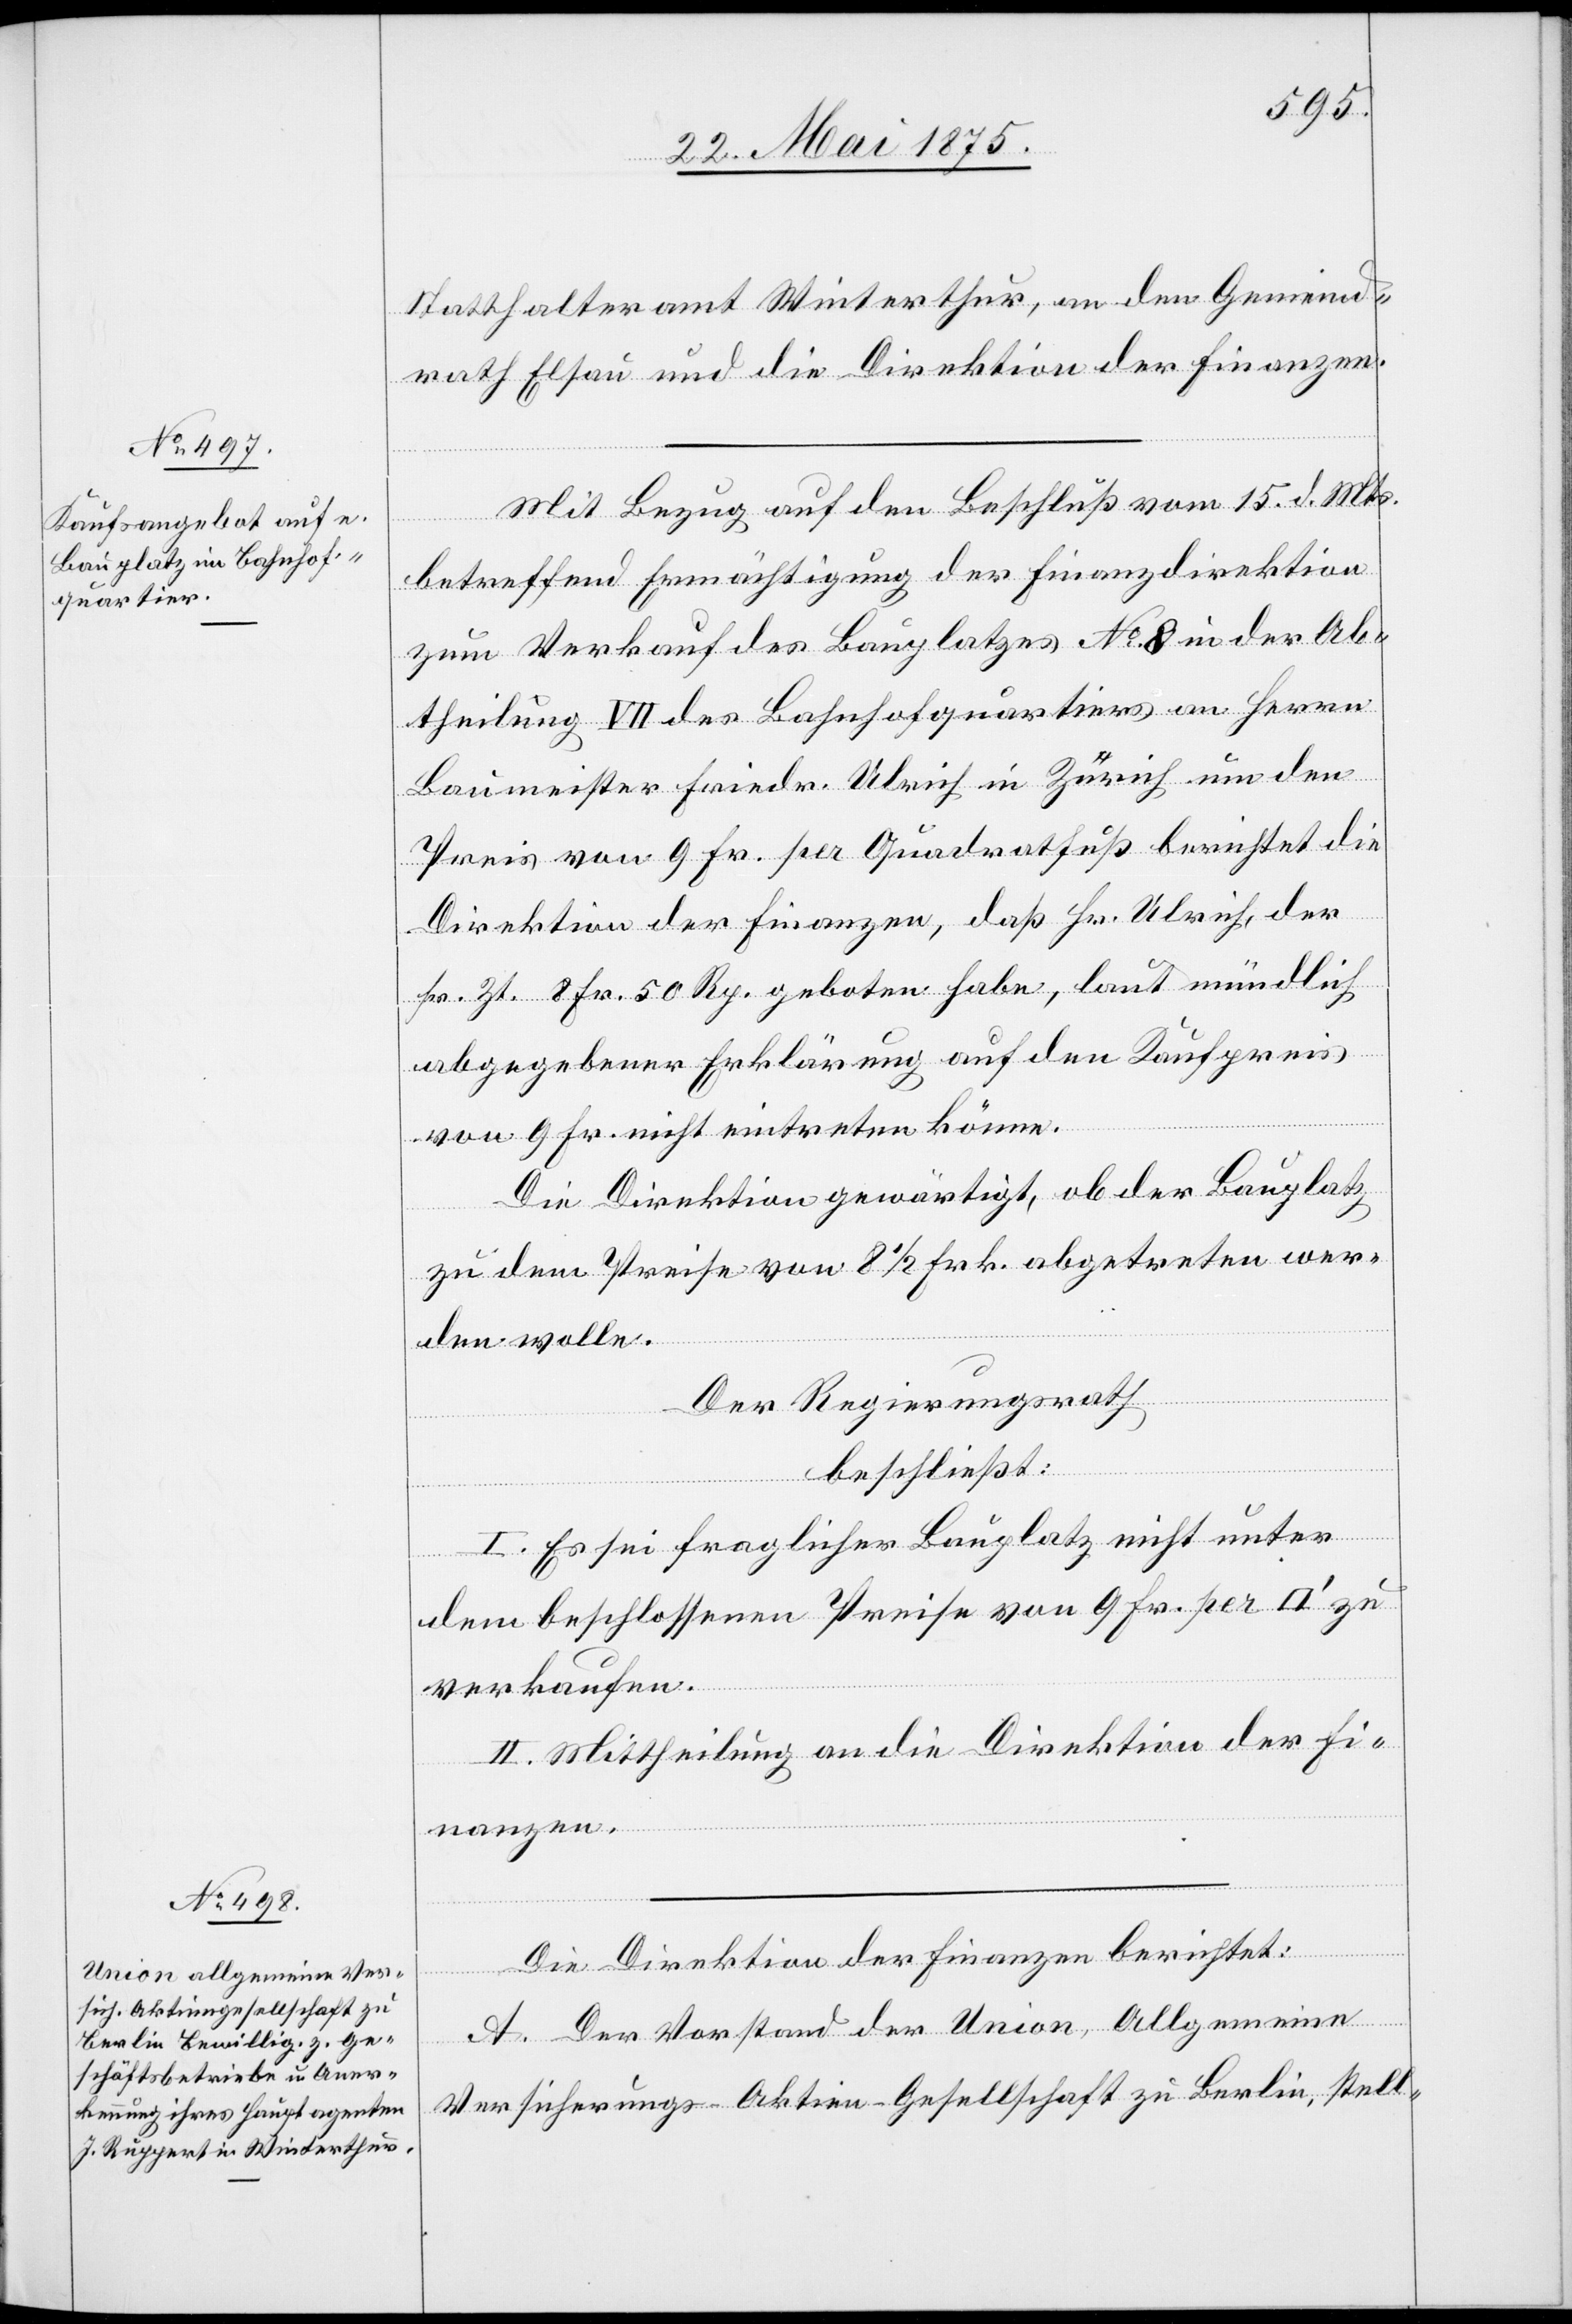
Statthalteramt Winterthur, an den Gemeind¬
rath Elsau und die Direktion der Finanzen.
Mit Bezug auf den Beschluß vom 15. d. Mts.
betreffend Ermächtigung der Finanzdirektion
zum Verkauf des Bauplatzes No 8 in der Ab¬
theilung VII des Bahnhofquartiers an Herrn
Baumeister Friedr. Ulrich in Zürich um den
Preis von 9 Fr. per Quadratfuß berichtet die
Direktion der Finanzen, daß Hr. Ulrich, der
pr. Zt. 8 Fr. 50 Rp. geboten habe, laut mündlich
abgegebener Erklärung auf den Kaufpreis
von 9 Fr. nicht eintreten könne.
Die Direktion gewärtigt, ob der Bauplatz
zu dem Preise von 8 ½ Frk. abgetreten wer¬
den wolle.
Der Regierungsrath,
beschließt:
I. Es sei fraglicher Bauplatz nicht unter
dem beschlossenen Preise von 9 Fr. per
zu
verkaufen.
II. Mittheilung an die Direktion der Fi¬
nanzen.
Die Direktion der Finanzen berichtet:
A. Der Vorstand der Union, Allgemeine
Versicherungs-Aktien-Gesellschaft zu Berlin, stell-